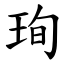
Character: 珣